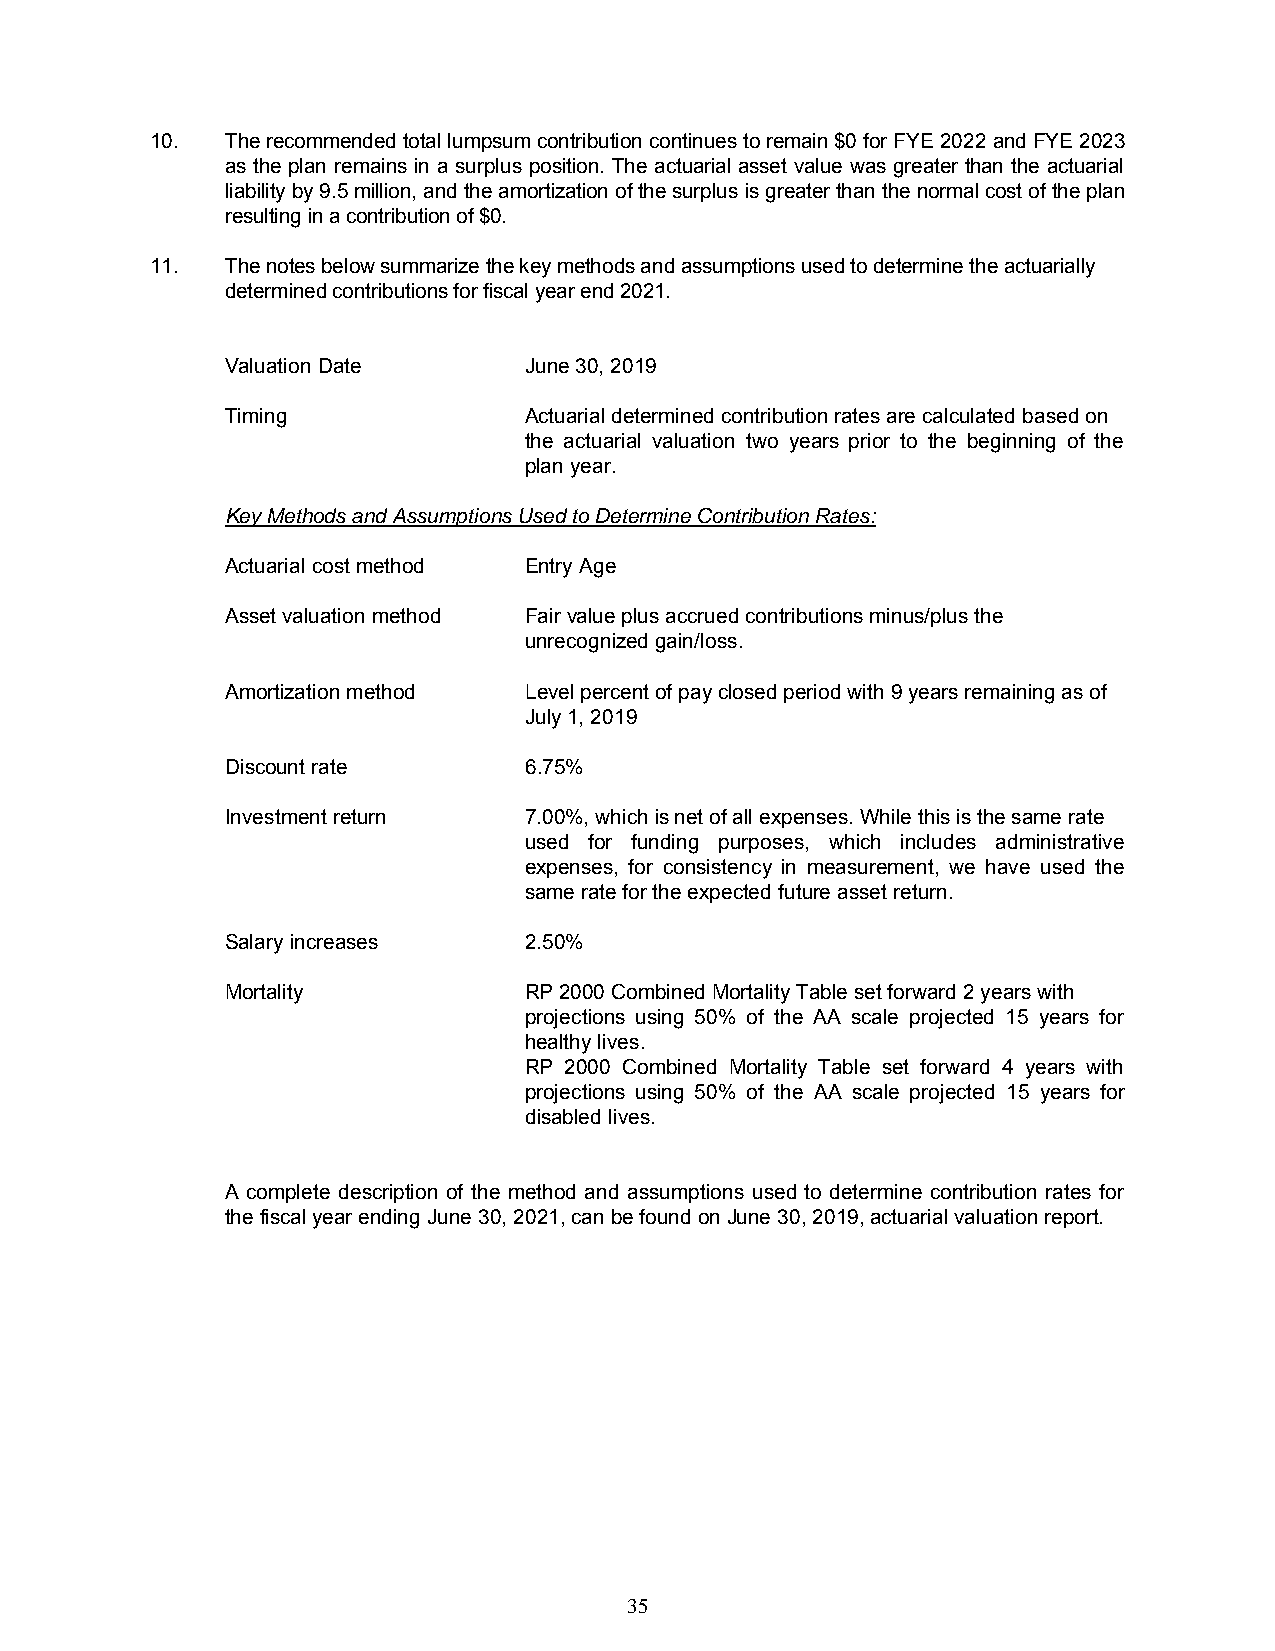
10.  The recommended total lumpsum contribution continues to remain $0 for FYE 2022 and FYE 2023
 as the plan remains in a surplus position. The actuarial asset value was greater than the actuarial
 liability by 9.5 million, and the amortization of the surplus is greater than the normal cost of the plan
 resulting in a contribution of $0.
 11.  The notes below summarize the key methods and assumptions used to determine the actuarially
 determined contributions for fiscal year end 2021.
 Valuation Date      June 30, 2019
 Timing              Actuarial determined contribution rates are calculated based on
 the actuarial valuation two years prior to the beginning of the
 plan year.
 Key Methods and Assumptions Used to Determine Contribution Rates:
 Actuarial cost method Entry Age
 Asset valuation method Fair value plus accrued contributions minus/plus the
 unrecognized gain/loss.
 Amortization method Level percent of pay closed period with 9 years remaining as of
 July 1, 2019
 Discount rate       6.75%
 Investment return   7.00%, which is net of all expenses. While this is the same rate
 used for funding purposes, which includes administrative
 expenses, for consistency in measurement, we have used the
 same rate for the expected future asset return.
 Salary increases    2.50%
 Mortality           RP 2000 Combined Mortality Table set forward 2 years with
 projections using 50% of the AA scale projected 15 years for
 healthy lives.
 RP 2000 Combined Mortality Table set forward 4 years with
 projections using 50% of the AA scale projected 15 years for
 disabled lives.
 A complete description of the method and assumptions used to determine contribution rates for
 the fiscal year ending June 30, 2021, can be found on June 30, 2019, actuarial valuation report.
 35